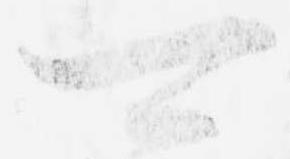
可